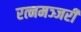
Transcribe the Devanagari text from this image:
रत्नमञ्जरी